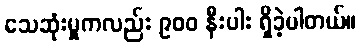
သေဆုံးမှုကလည်း ၉၀၀ နီးပါး ရှိခဲ့ပါတယ်။